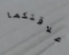
علاقتكما